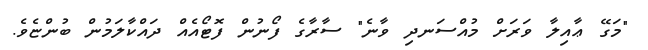
"މަގޭ ޢާއިލާ ވަރަށް މުއްސަނދި ވާނެ" ސާރާގެ ފޯނުން ފޮޓޯއެއް ދައްކާލަމުން ބުންޏެވެ.